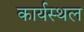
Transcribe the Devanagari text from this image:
कार्यस्‍थल